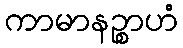
ကာမာနဉ္စာဟံ